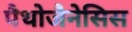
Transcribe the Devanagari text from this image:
पैथोजैनेसिस